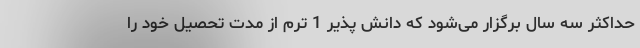
حداکثر سه سال برگزار می‌شود که دانش پذیر 1 ترم از مدت تحصیل خود را